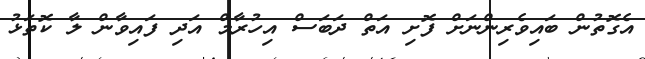
އެގޮތުން ބައިވެރިންނަށް ފޮށި އަތް ދަބަސް އިހުރާމް އަދި ފައިވާން ލާ ކޮތަޅު